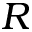
\boldsymbol { R }